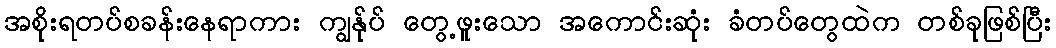
အစိုးရတပ်စခန်းနေရာကား ကျွန်ုပ် တွေ့ဖူးသော အကောင်းဆုံး ခံတပ်တွေထဲက တစ်ခုဖြစ်ပြီး